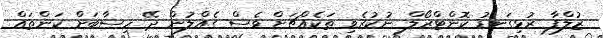
ޒުލްފާ ރުޅިގަނޑު ކޮންޓްރޯލް ނުކުރެވި ތަކެއްޗަށް ވެސް ގެއްލުން ދޭ ހިސާބަށް ކަންތައް